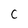
Character: c